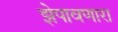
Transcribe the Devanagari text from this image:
झेपावणारा